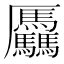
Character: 𠫑